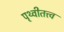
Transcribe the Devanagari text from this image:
पृथ्वीतत्त्व